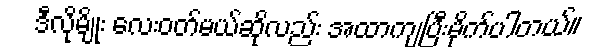
ဒီလိုမျိုး လေးဝတ်မယ်ဆိုလည်း အထာကျပြီးမိုက်ပါတယ်။